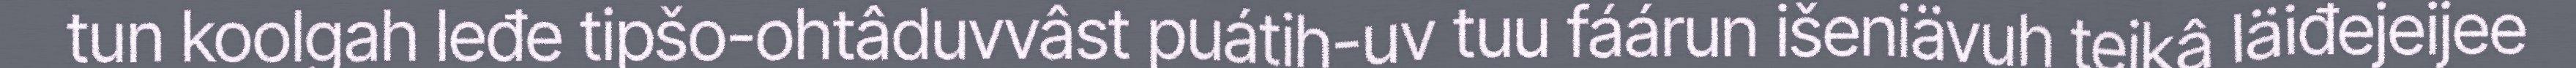
tun koolgah leđe tipšo-ohtâduvvâst puátih-uv tuu fáárun išeniävuh teikâ läiđejeijee